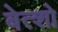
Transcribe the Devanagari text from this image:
बेत्शो